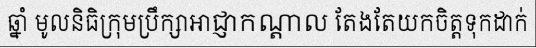
ឆ្នាំ មូលនិធិក្រុមប្រឹក្សាអាជ្ញាកណ្តាល តែងតែយកចិត្តទុកដាក់